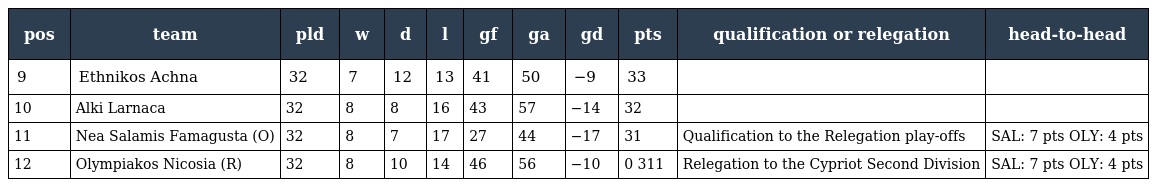
| pos | team | pld | w | d | l | gf | ga | gd | pts | qualification or relegation | head-to-head |
 | --- | --- | --- | --- | --- | --- | --- | --- | --- | --- | --- | --- |
 | 9 | Ethnikos Achna | 32 | 7 | 12 | 13 | 41 | 50 | −9 | 33 |  |  |
 | 10 | Alki Larnaca | 32 | 8 | 8 | 16 | 43 | 57 | −14 | 32 |  |  |
 | 11 | Nea Salamis Famagusta (O) | 32 | 8 | 7 | 17 | 27 | 44 | −17 | 31 | Qualification to the Relegation play-offs | SAL: 7 pts OLY: 4 pts |
 | 12 | Olympiakos Nicosia (R) | 32 | 8 | 10 | 14 | 46 | 56 | −10 | 0 311 | Relegation to the Cypriot Second Division | SAL: 7 pts OLY: 4 pts |